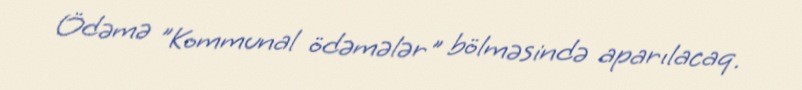
Ödəmə "Kommunal ödəmələr" bölməsində aparılacaq.